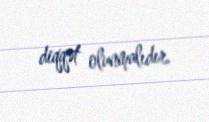
diqqət olunmalıdır.